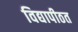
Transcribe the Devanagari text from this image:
विद्यापीठत